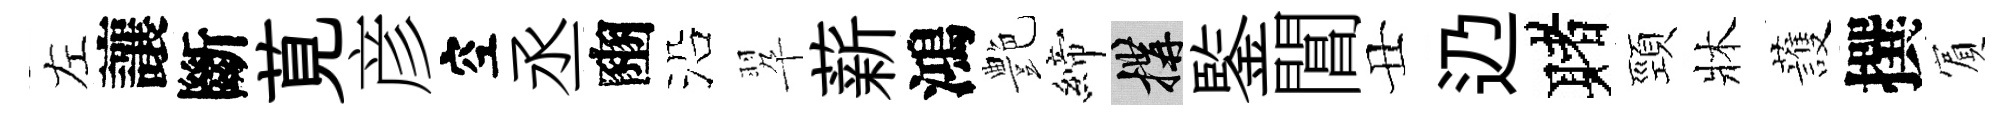
左讓斷莧彦空丞豳沿翆薪鴻艶締構鍳閶丑辸赌頸牀䕶撰賔